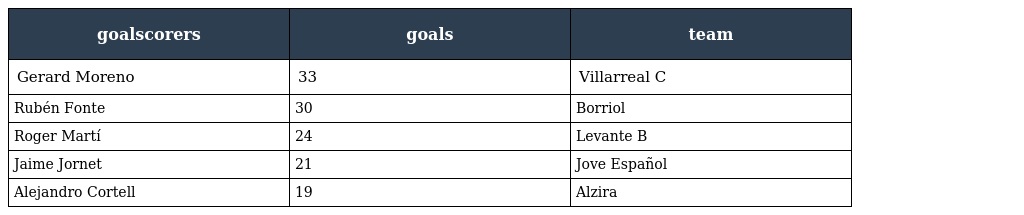
| goalscorers | goals | team |
 | --- | --- | --- |
 | Gerard Moreno | 33 | Villarreal C |
 | Rubén Fonte | 30 | Borriol |
 | Roger Martí | 24 | Levante B |
 | Jaime Jornet | 21 | Jove Español |
 | Alejandro Cortell | 19 | Alzira |